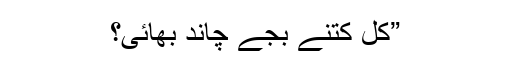
”کل کتنے بجے چاند بھائی؟